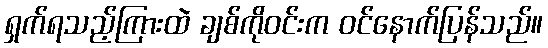
ရှက်ရသည့်ကြားထဲ ချစ်ကိုဝင်းက ဝင်နောက်ပြန်သည်။